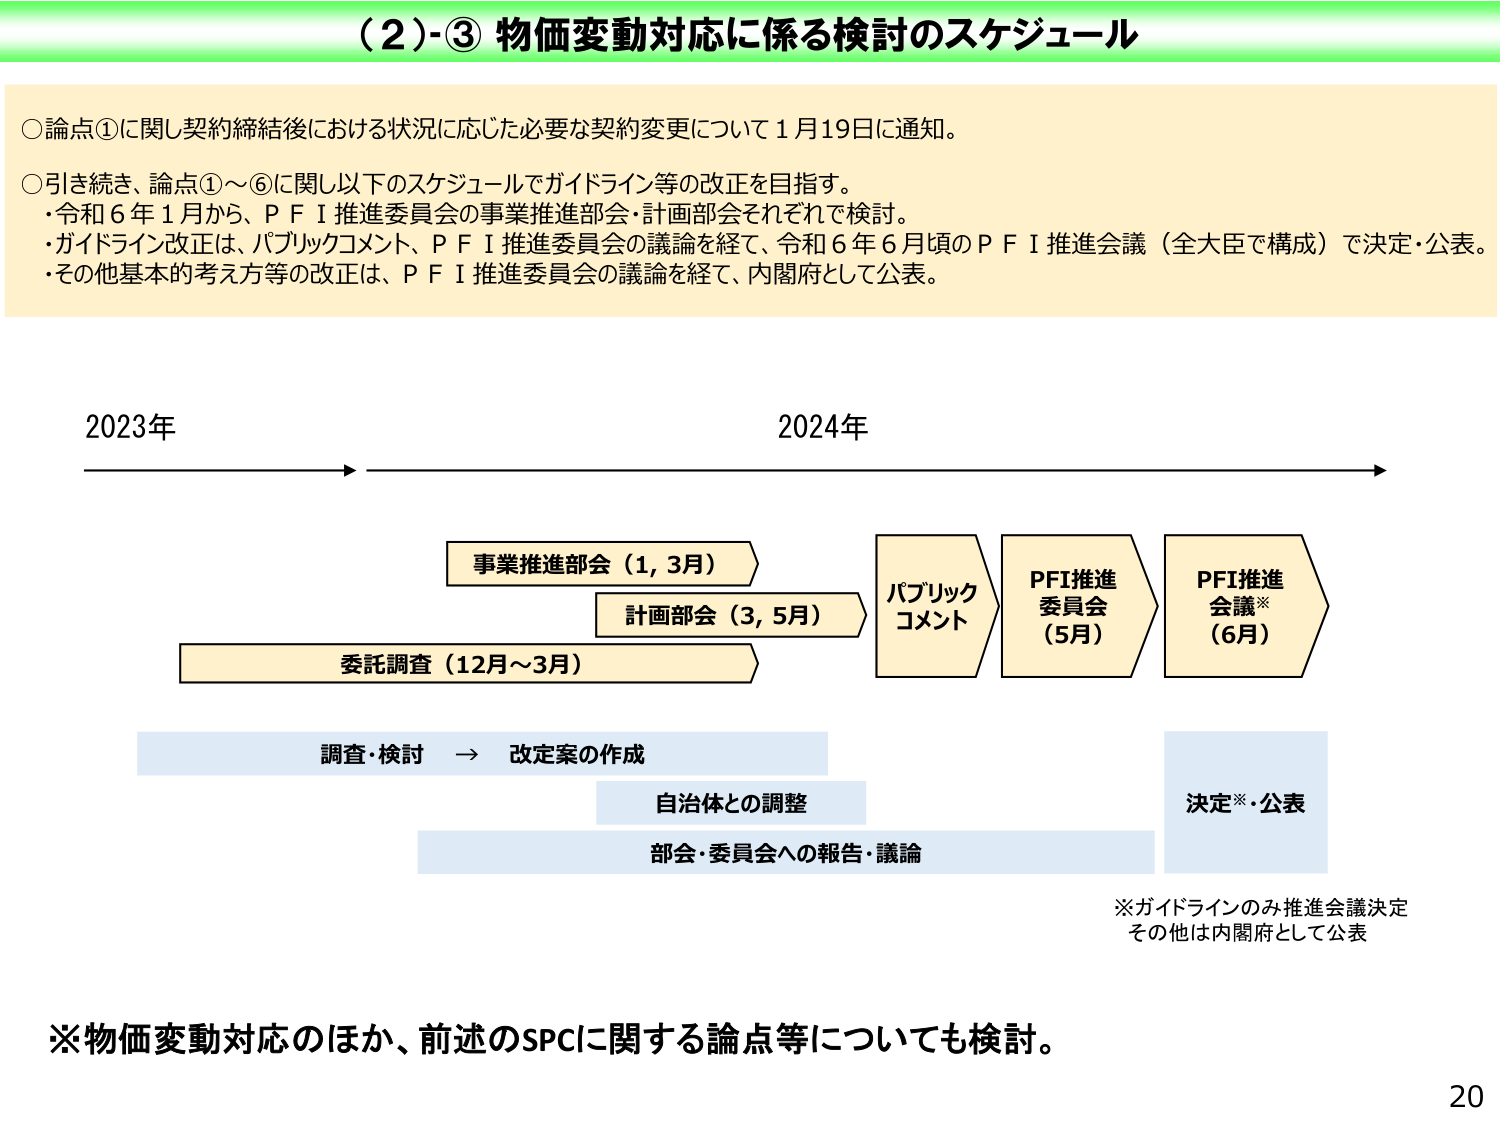
（2）-③ 物価変動対応に係る検討のスケジュール

○論点①に関し契約締結後における状況に応じた必要な契約変更について1月19日に通知。

○引き続き、論点①～⑥に関し以下のスケジュールでガイドライン等の改正を目指す。
・令和6年1月から、ＰＦＩ推進委員会の事業推進部会・計画部会それぞれで検討。
・ガイドライン改正は、パブリックコメント、ＰＦＩ推進委員会の議論を経て、令和6年6月頃のＰＦＩ推進会議（全大臣で構成）で決定・公表。
・その他基本的考え方等の改正は、ＰＦＩ推進委員会の議論を経て、内閣府として公表。

2023年
2024年

事業推進部会（1, 3月）
計画部会（3, 5月）
委託調査（12月～3月）
パブリックコメント
PFI推進委員会（5月）
PFI推進会議※（6月）

調査・検討 → 改定案の作成
自治体との調整
部会・委員会への報告・議論
決定※・公表

※ガイドラインのみ推進会議決定
その他は内閣府として公表

※物価変動対応のほか、前述のSPCに関する論点等についても検討。

20